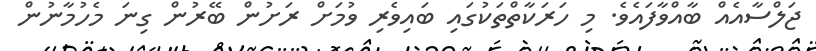
ޖަލްސާއެއް ބާއްވާފައެވެ. މި ހަރަކާތްތަކުގައި ބައިވެރި ވުމަށް ރަށުން ބޭރުން ގިނަ މެހުމާނުން